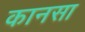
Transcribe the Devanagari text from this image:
कानसा